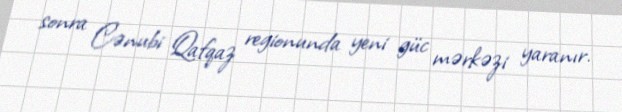
sonra Cənubi Qafqaz regionunda yeni güc mərkəzi yaranır.